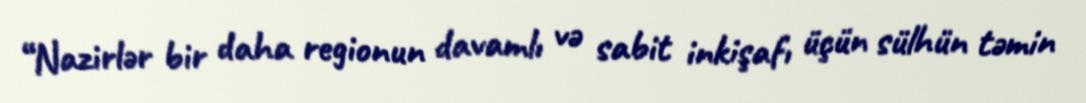
“Nazirlər bir daha regionun davamlı və sabit inkişafı üçün sülhün təmin